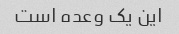
این یک وعده است